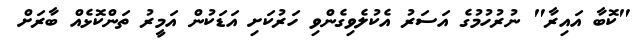
"ކޮބާ އައިރާ" ނުރުހުމުގެ އަސަރު އެކުލެވިގެންވި ހަރުކަށި އަޑަކުން އަމީރު ތަންކޮޅެއް ބާރަށް